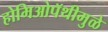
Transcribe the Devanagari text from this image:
होमिओपॅथीमुळे